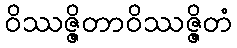
ဝိဿဇ္ဇိတာဝိဿဇ္ဇိတံ